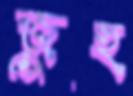
জুহু